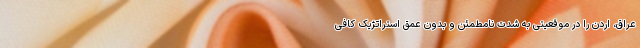
عراق، اردن را در موقعیتی به شدت نامطمئن و بدون عمق استراتژیک کافی